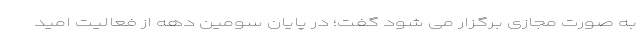
به صورت مجازی برگزار می شود گفت؛ در پایان سومین دهه از فعالیت امید